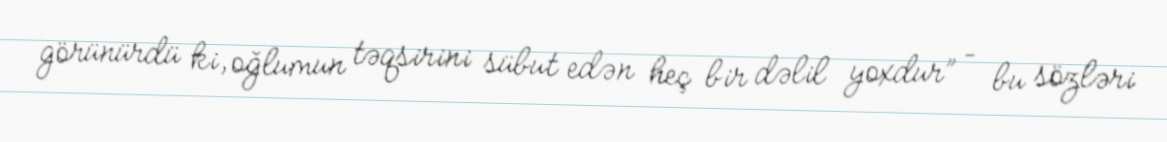
görünürdü ki, oğlumun təqsirini sübut edən heç bir dəlil yoxdur” – bu sözləri